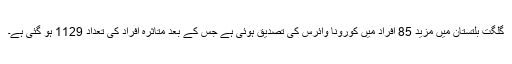
گلگت بلتستان میں مزید 85 افراد میں کورونا وائرس کی تصدیق ہوئی ہے جس کے بعد متاثرہ افراد کی تعداد 1129 ہو گئی ہے۔